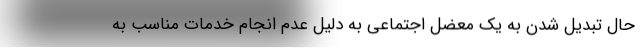
حال تبدیل شدن به یک معضل اجتماعی به دلیل عدم انجام خدمات مناسب به